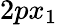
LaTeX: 2px_{1}